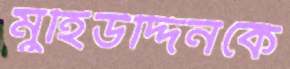
মুহিউদ্দিনকে